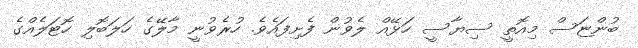
ބުންޏަސް މިއޮތީ ސިޔާސީ ހަޅޭއް ލެވުން ފެށިފައެވެ. ހުރެވުނީ މާލޭގެ ހަލަބޮލި ހޮޓަލެއްގެ